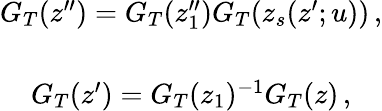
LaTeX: \begin{array}{c}{{G_{T}(z^{\prime\prime})=G_{T}(z_{1}^{\prime\prime})G_{T}(z_{s}(z^{\prime};u))\, ,}}\\ {{{}}}\\ {{G_{T}(z^{\prime})=G_{T}(z_{1})^{-1}G_{T}(z)\, ,}}\end{array}